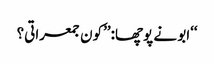
‘‘ابو نے پوچھا:’’کون جمعراتی؟